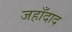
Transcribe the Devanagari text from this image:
जहाँदाद